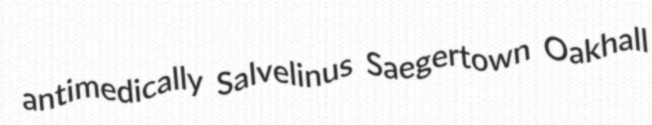
antimedically Salvelinus Saegertown Oakhall